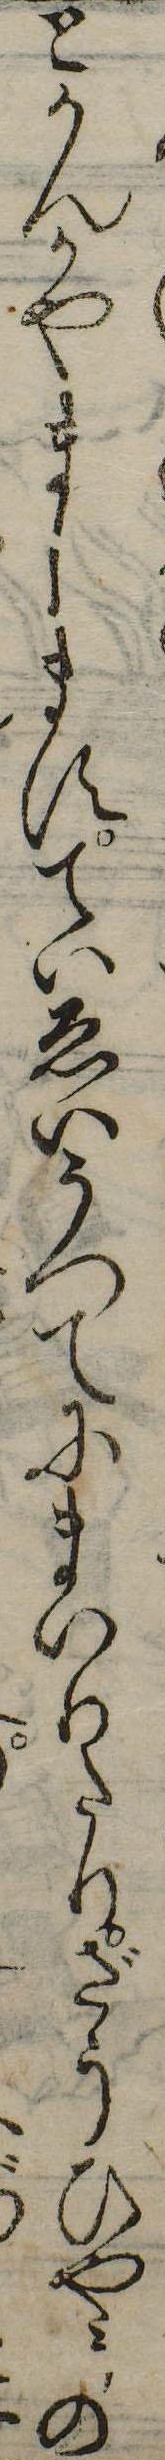
とかんかやましますていゑいうつてにまいりたりざうひやうの